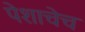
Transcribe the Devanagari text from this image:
पेशाचेच